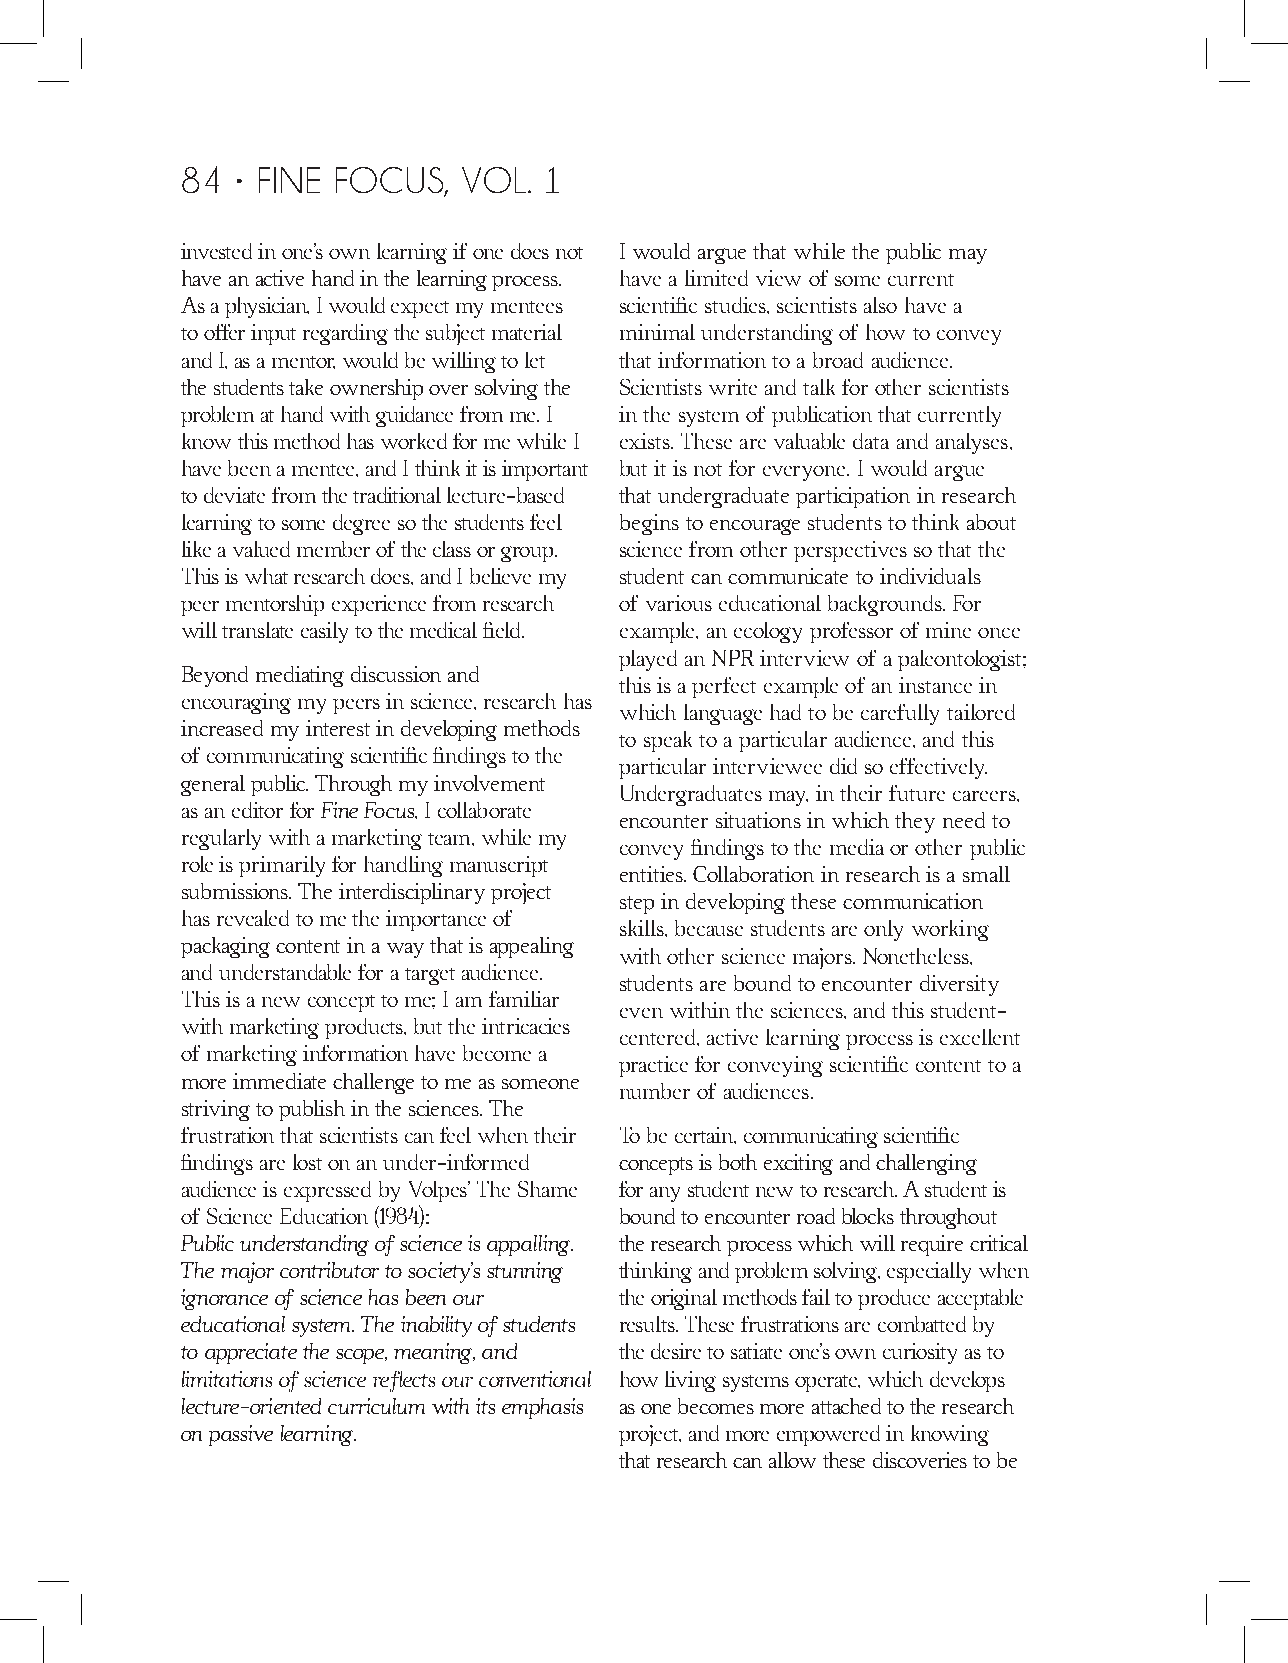
84 • FINE FOCUS,   VOL. 1
 invested in one’s own learning if one does not I would argue that while the public may
 have an active hand in the learning process. have a limited view of some current
 As a physician, I would expect my mentees scientific studies, scientists also have a
 to offer input regarding the subject material minimal understanding of how to convey
 and I, as a mentor, would be willing to let that information to a broad audience.
 the students take ownership over solving the Scientists write and talk for other scientists
 problem at hand with guidance from me. I in the system of publication that currently
 know this method has worked for me while I exists. These are valuable data and analyses,
 have been a mentee, and I think it is important but it is not for everyone. I would argue
 to deviate from the traditional lecture-based that undergraduate participation in research
 learning to some degree so the students feel begins to encourage students to think about
 like a valued member of the class or group. science from other perspectives so that the
 This is what research does, and I believe my student can communicate to individuals
 peer mentorship experience from research of various educational backgrounds. For
 will translate easily to the medical field. example, an ecology professor of mine once
 played an NPR interview of a paleontologist;
 Beyond mediating discussion and
 this is a perfect example of an instance in
 encouraging my peers in science, research has
 which language had to be carefully tailored
 increased my interest in developing methods
 to speak to a particular audience, and this
 of communicating scientific findings to the
 particular interviewee did so effectively.
 general public. Through my involvement
 Undergraduates may, in their future careers,
 as an editor for Fine Focus, I collaborate
 encounter situations in which they need to
 regularly with a marketing team, while my
 convey findings to the media or other public
 role is primarily for handling manuscript
 entities. Collaboration in research is a small
 submissions. The interdisciplinary project
 step in developing these communication
 has revealed to me the importance of
 skills, because students are only working
 packaging content in a way that is appealing
 with other science majors. Nonetheless,
 and understandable for a target audience.
 students are bound to encounter diversity
 This is a new concept to me; I am familiar
 even within the sciences, and this student-
 with marketing products, but the intricacies
 centered, active learning process is excellent
 of marketing information have become a
 practice for conveying scientific content to a
 more immediate challenge to me as someone
 number of audiences.
 striving to publish in the sciences. The
 frustration that scientists can feel when their To be certain, communicating scientific
 findings are lost on an under-informed concepts is both exciting and challenging
 audience is expressed by Volpes’ The Shame for any student new to research. A student is
 of Science Education (1984): bound to encounter road blocks throughout
 Public understanding of science is appalling. the research process which will require critical
 The major contributor to society’s stunning thinking and problem solving, especially when
 ignorance of science has been our the original methods fail to produce acceptable
 educational system. The inability of students results. These frustrations are combatted by
 to appreciate the scope, meaning, and the desire to satiate one’s own curiosity as to
 limitations of science reflects our conventional how living systems operate, which develops
 lecture-oriented curriculum with its emphasis as one becomes more attached to the research
 on passive learning.         project, and more empowered in knowing
 that research can allow these discoveries to be